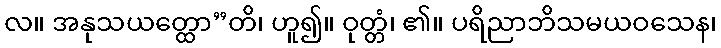
လ။ အနုသယတ္ထော”တိ၊ ဟူ၍။ ဝုတ္တံ၊ ၏။ ပရိညာဘိသမယဝသေန၊